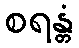
စရန္တံ